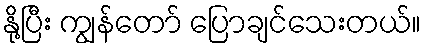
နို့ပြီး ကျွန်တော် ပြောချင်သေးတယ်။